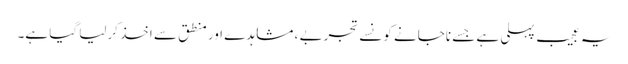
یہ عجیب پہلی ہے جسے ناجانے کونسے تجربے ، مشاہدے اور منطق سے اخذ کرلیا گیا ہے۔